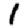
Digit: 1